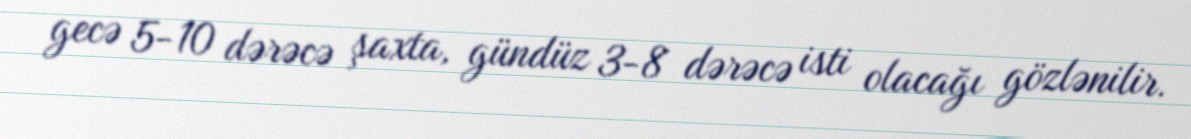
gecə 5-10 dərəcə şaxta, gündüz 3-8 dərəcə isti olacağı gözlənilir.